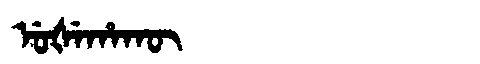
Manchu: ᡠᡧᡝᡥᠠᡴᡡ
Romanization: UŠEHAKŪ